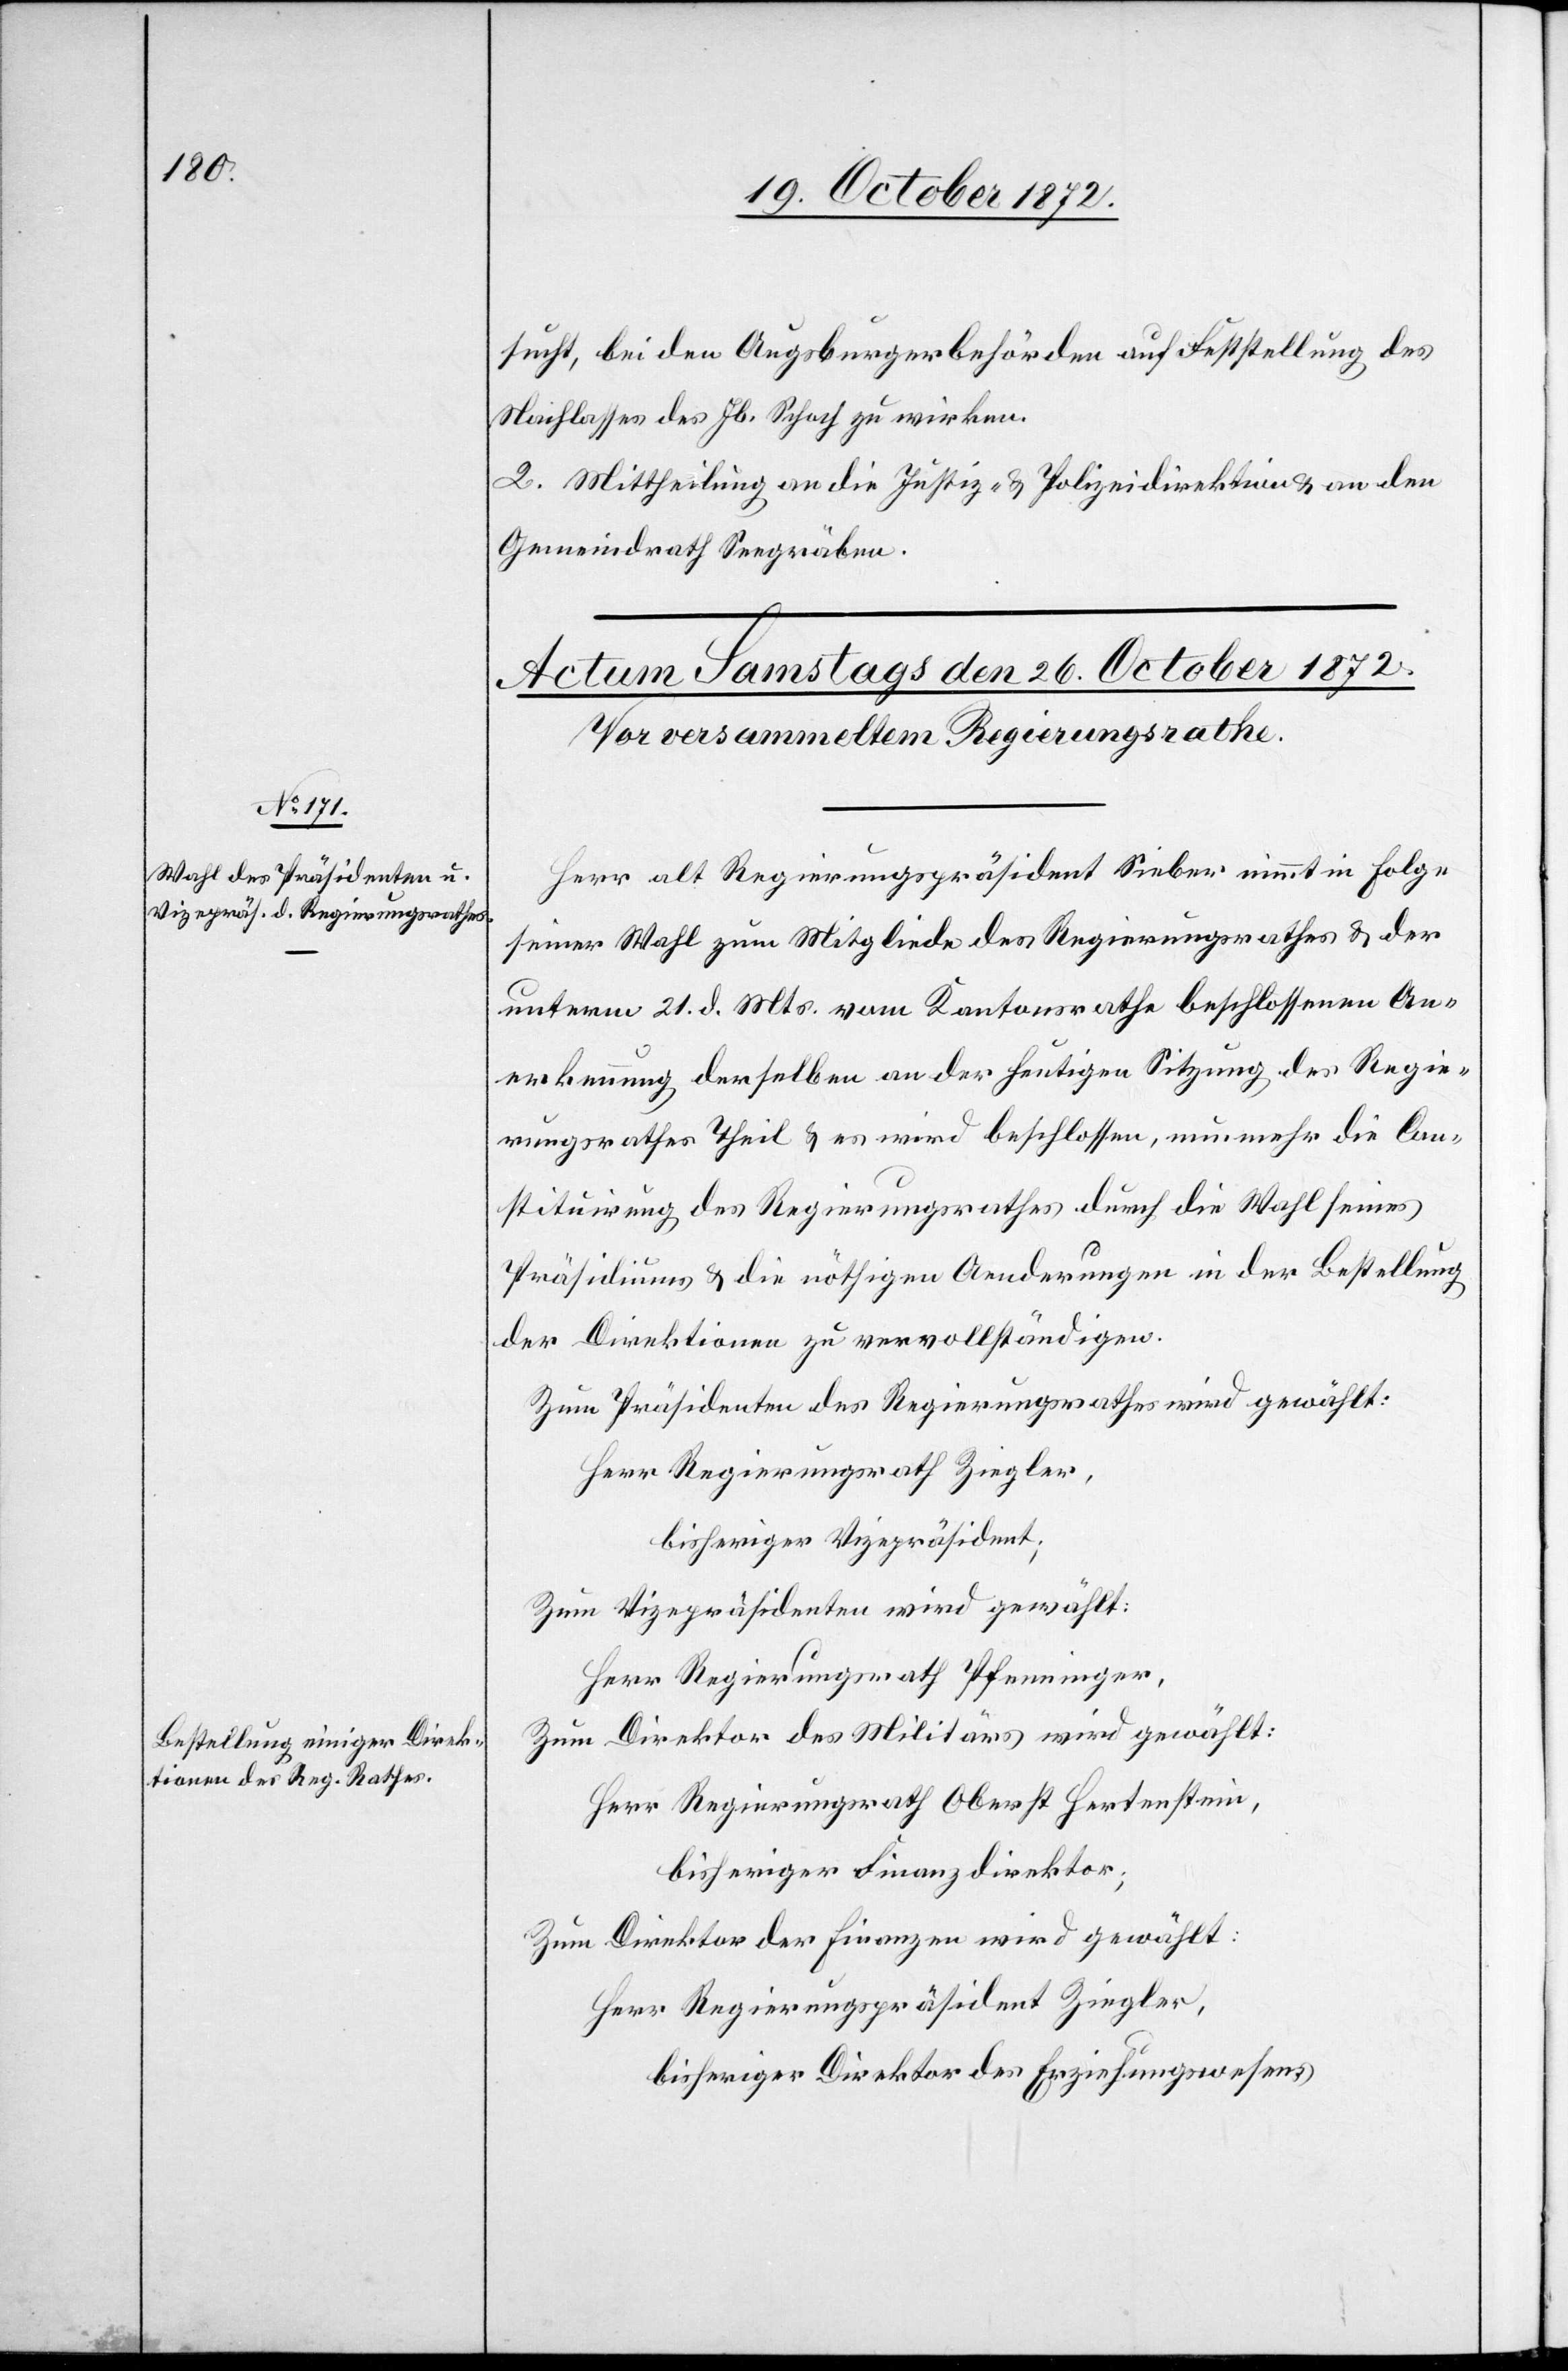
sucht, bei den Augsburgerbehörden auf Feststellung des
Nachlasses des Jb. Schach zu wirken.
2. Mittheilung an die Justiz- u. Polizeidirektion u. an den
Gemeindrath Seegräben.
Herr alt Regierungspräsident Sieber nimmt in Folge
seiner Wahl zum Mitgliede des Regierungsrathes u. der
unterm 21. d. Mts. vom Kantonsrathe beschlossenen An¬
erkennung derselben an der heutigen Sitzung des Regie¬
rungsrathes Theil u. es wird beschlossen, nunmehr die Con¬
stituirung des Regierungsrathes durch die Wahl seines
Präsidiums u. die nöthigen Aenderungen in der Bestellung
der Direktion zu vervollständigen.
Zum Präsidenten des Regierungsrathes wird gewählt:
Herr Regierungsrath Ziegler,
bisheriger Vizepräsident;
Zum Vizepräsidenten wird gewählt:
Herr Regierungsrath Pfenninger.
Zum Direktor des Militärs wird gewählt:
Herr Regierungsrath Oberst Hertenstein,
bisheriger Finanzdirektor;
Zum Direktor der Finanzen wird gewählt:
Herr Regierungspräsident Ziegler,
bisheriger Direktor des Erziehungswesens